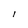
Character: I